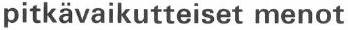
pitkävaikutteiset menot